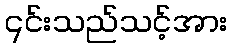
၎င်းသည်သင့်အား